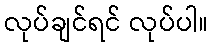
လုပ်ချင်ရင် လုပ်ပါ။